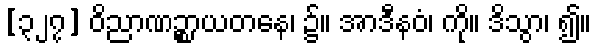
[၃၂၇] ဝိညာဏဉ္စာယတနေ၊ ၌။ အာဒီနဝံ၊ ကို။ ဒိသွာ၊ ၍။